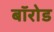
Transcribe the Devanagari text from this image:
बॉरोड